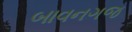
બાવનગજ